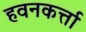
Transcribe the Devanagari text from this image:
हवनकर्त्ता